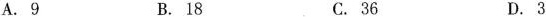
A.9 B.18 C.36 D.3